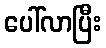
ပေါ်လာပြီး